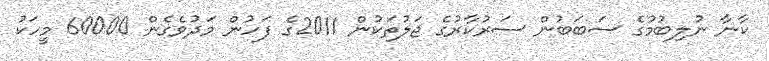
ކާނާ ނުލިބުމުގެ ސަބަބުން ސަރުކާރުގެ ޖަލުތަކުން 2011ގެ ފަހުން މަދުވެގެން 60000 މީހަކު